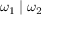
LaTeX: \omega _ { 1 } \mid \omega _ { 2 }